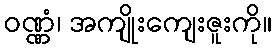
ဝဏ္ဏံ၊ အကျိုးကျေးဇူးကို။